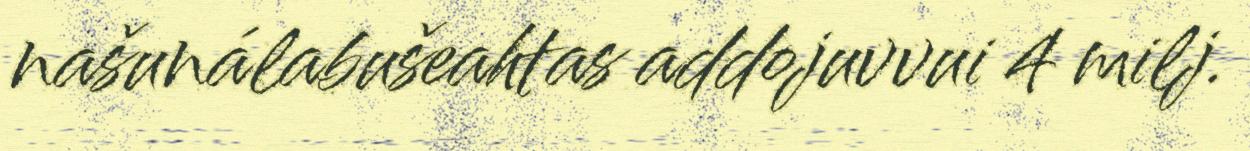
našunálabušeahtas addojuvvui 4 milj.